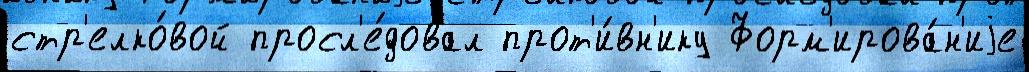
стр'елко́вой просл'е́довал прот'и́вн'ику Форм'ирова́н'иjе